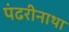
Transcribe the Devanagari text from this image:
पंढरीनाथा